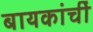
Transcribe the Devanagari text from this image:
बायकांचीं